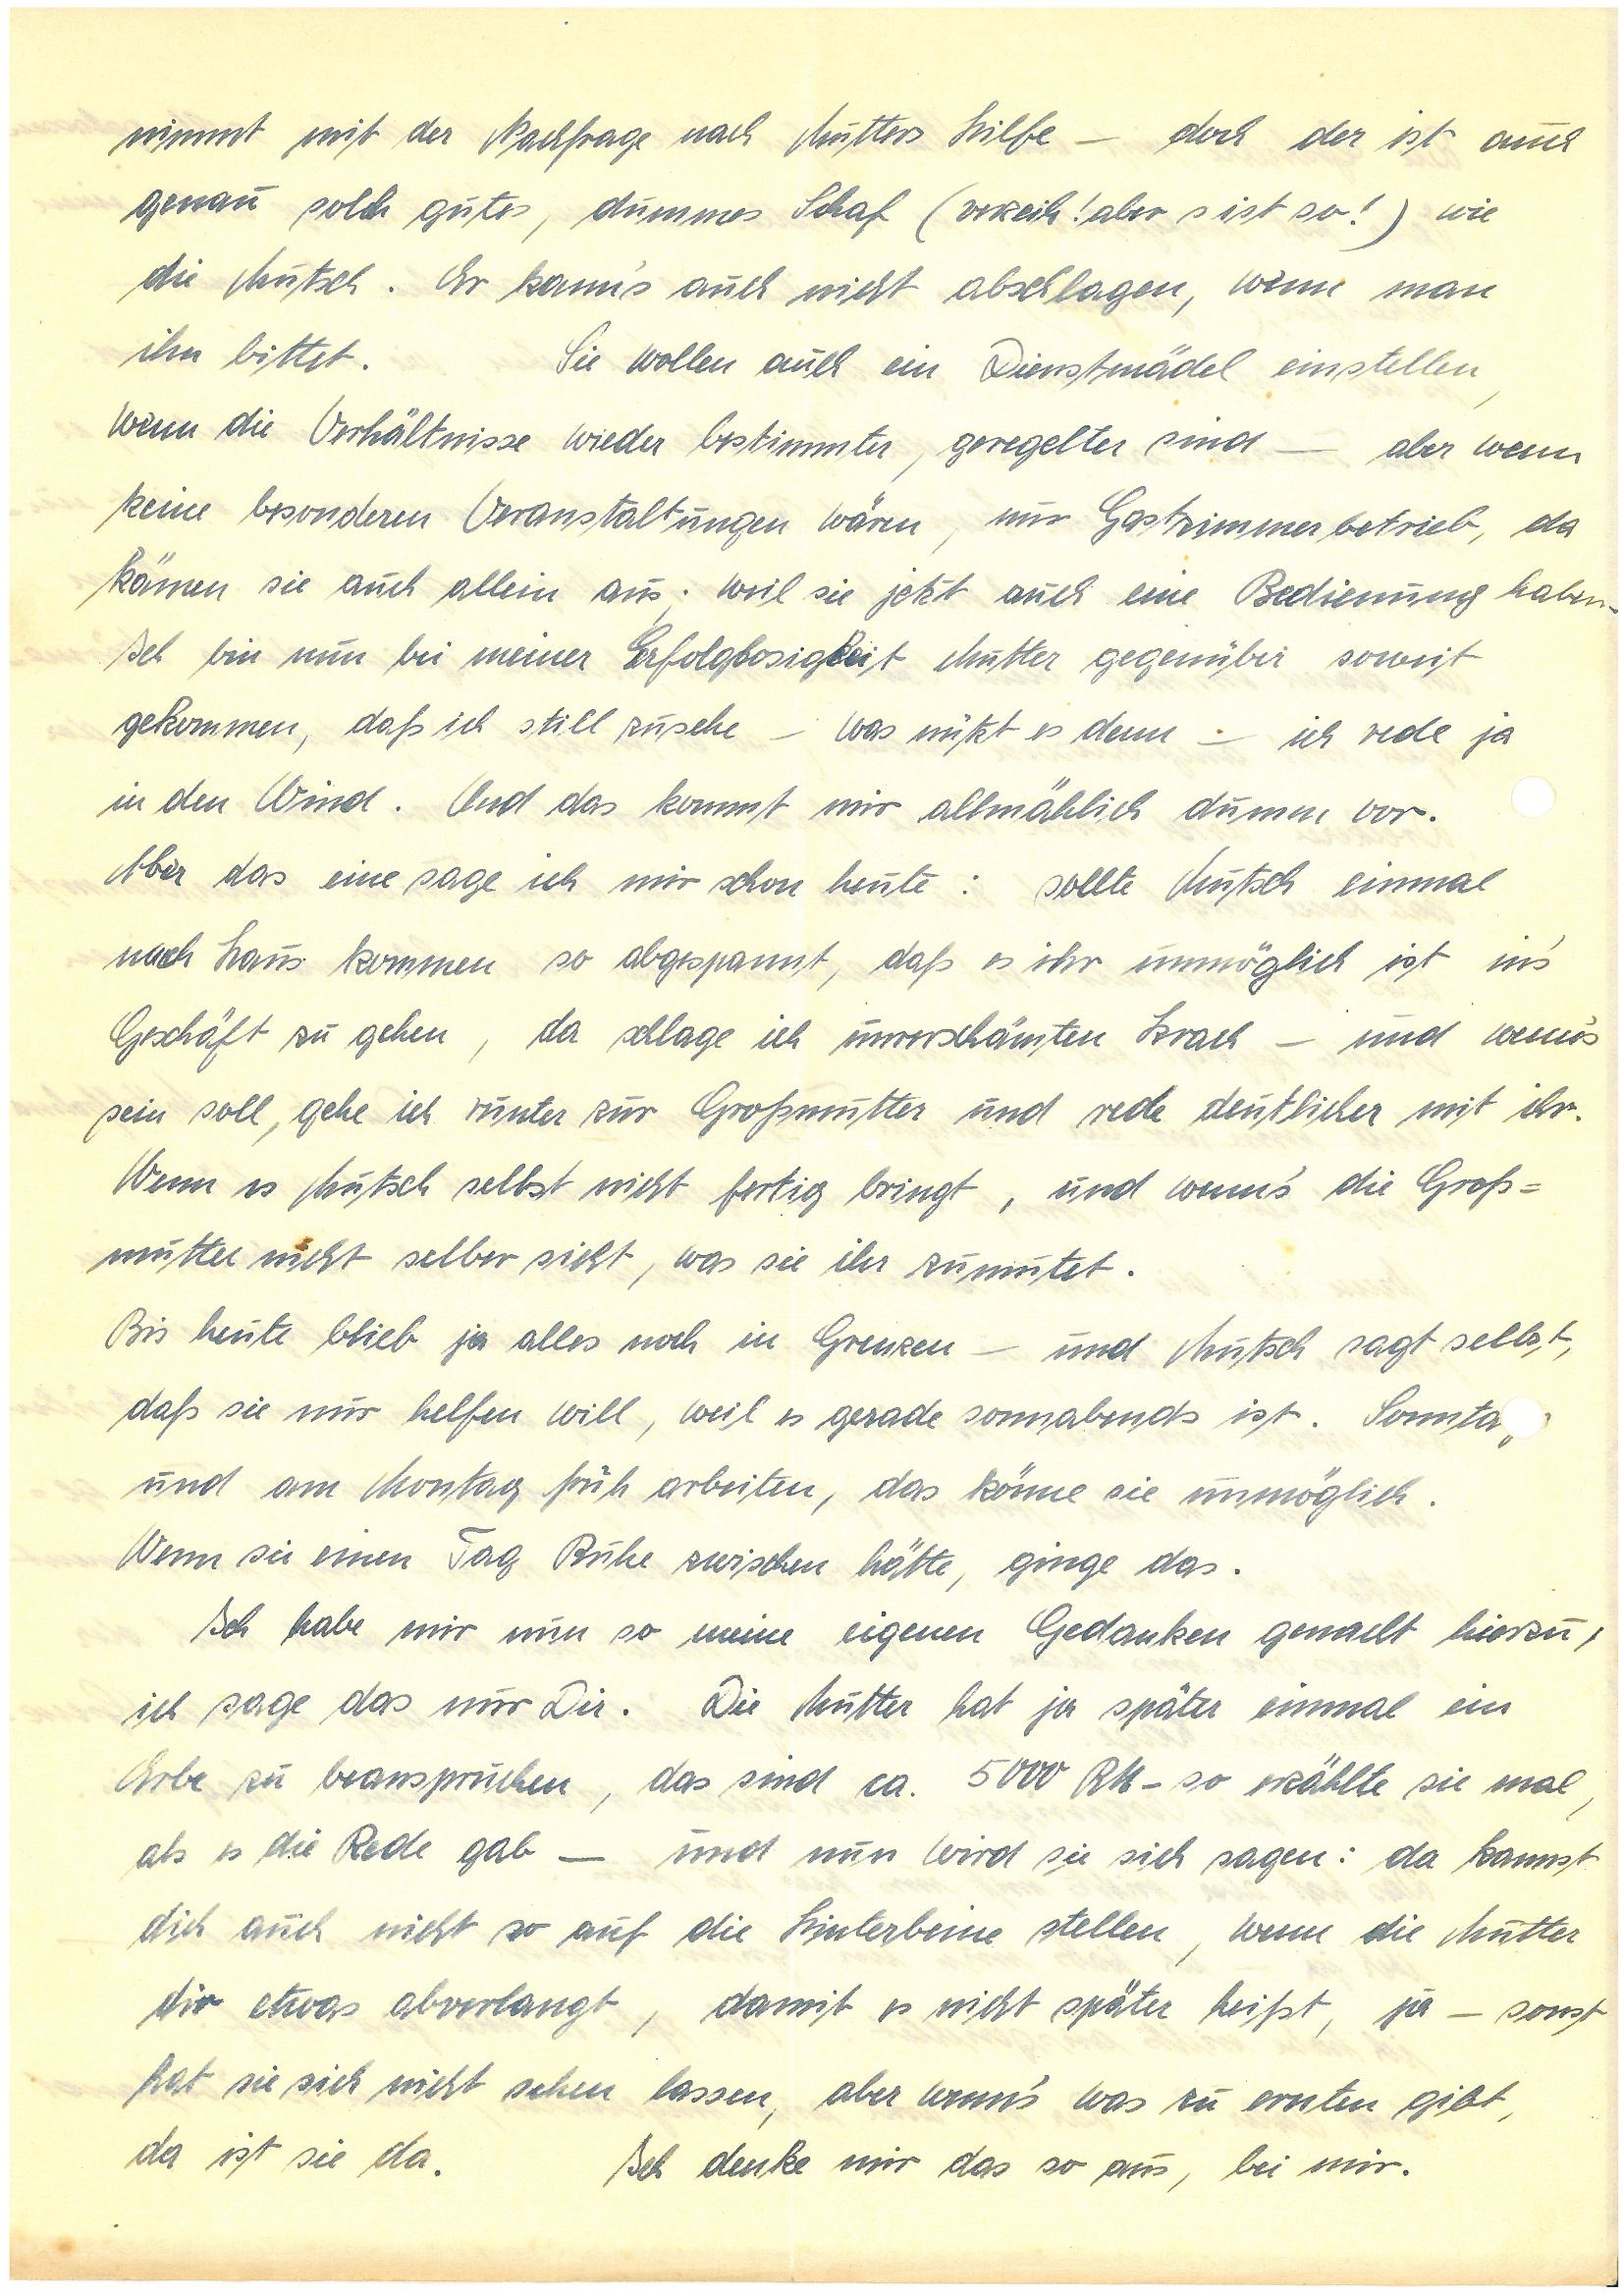
nimmt mit der Nachfrage nach Mutters Hilfe – doch der ist auch
genau solch gutes, dummes Schaf (verzeih! aber s ist so!) wie
die Mutsch. Er kann’s auch nicht abschlagen, wenn man
ihn bittet. Sie wollen auch ein Dienstmädel einstellen,
wenn die Verhältnisse wieder bestimmter, geregelter sind — aber wenn
keine besonderen Veranstaltungen wären, nur Gastzimmerbetrieb, da
kämen sie auch allein aus. weil sie jetzt auch eine Bedienung haben.
Ich bin nun bei meiner Erfolglosigkeit Mutter gegenüber so weit
gekommen, daß ich still zusehe – was nützt es denn — ich rede ja
in den Wind. Und das kommt mir allmählich dumm vor.
Aber das eine sage ich mir schon heute: sollte Mutsch einmal
nach Haus kommen, so abgespannt, daß es ihr unmöglich ist in’s
Geschäft zu gehen, da schlage ich unverschämten Krach – und wenn’s
sein soll, gehe ich runter zu Großmutter und rede deutlicher mit ihr.
Wenn es Mutsch selbst nicht fertig bringt, und wenn’s die Groß¬
mutter nicht selber sieht, was sie ihr zumutet.
Bis heute blieb ja alles noch in Grenzen — und Mutsch sagt selbst,
daß sie nur helfen will, weil es gerade sonnabends ist. Sonnta
und am Montag früh arbeiten, das könne sie unmöglich.
Wenn sie einen Tag Ruhe zwischen hätte, ginge das.
Ich habe mir nun so meine eigenen Gedanken gemacht hierzu,
ich sage das nur Dir. Die Mutter hat ja später einmal ein
Erbe zu beanspruchen, das sind ca. 5000 RM – so erzählte sie mal,
als es die Rede gab — und nun wird sie sich sagen: da kannst
dich auch nicht so auf die Hinterbeine stellen, wenn die Mutter
dir etwas abverlangt, damit es nicht später heißt, ja – sonst
hat sie sich nicht sehen lassen, aber wenn’s was zu ernten gibt,
da ist sie da. Ich denke mir das so aus, bei mir.